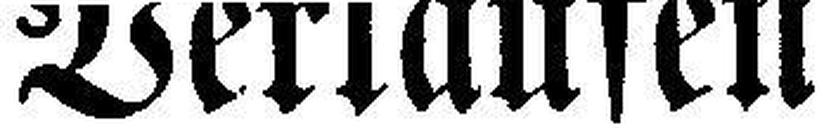
Verlaufen